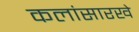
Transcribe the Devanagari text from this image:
कलांसारखे